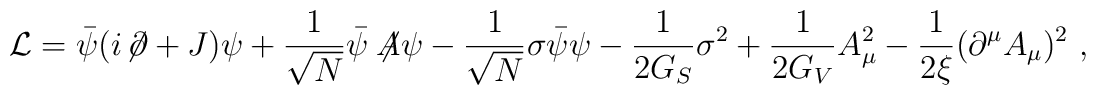
{\cal L}=\bar{\psi}(i\!\not{\!\partial}+J)\psi         +\frac{1}{\sqrt{N}}\bar{\psi}\not{\!\!A}\psi         -\frac{1}{\sqrt{N}}\sigma\bar{\psi}\psi         -\frac{1}{2G_S}\sigma^2         +\frac{1}{2G_V}A_\mu^2         -\frac{1}{2\xi}(\partial^\mu A_\mu)^2\ ,